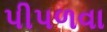
પીપળવા